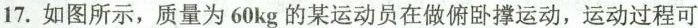
17.如图所示，质量为60kg的某运动员在做俯卧撑运动，运动过程可